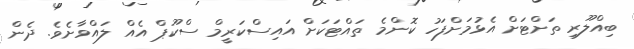
ބިއްލޫރި ތަށްޓަށް އެޅުމަށްފަހު ކޮންމެ ތައްޓަކަށް އައިސްކަރީމް ސްކޫޕް އެއް ލައްވާށެވެ. ދެން